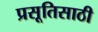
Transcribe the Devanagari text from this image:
प्रसूतिसाठी